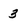
Character: 3